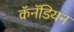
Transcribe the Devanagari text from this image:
कॅनॅडियन